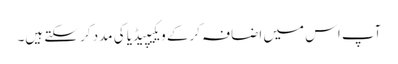
آپ اس میں اضافہ کرکے ویکیپیڈیا کی مدد کر سکتے ہیں۔